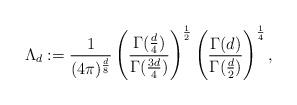
LaTeX: \begin{align*} \Lambda_d:=\frac{1}{(4\pi)^{\frac{d}{8}}} \left( \frac{\Gamma(\frac{d}{4})}{\Gamma(\frac{3d}{4})}\right)^{\frac{1}{2}} \left( \frac{\Gamma(d)}{\Gamma(\frac{d}{2})} \right)^{\frac{1}{4} },\end{align*}